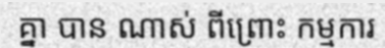
គ្នា បាន ណាស់ ពីព្រោះ កម្មការ